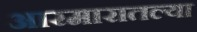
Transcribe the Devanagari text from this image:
आरमारातल्या